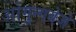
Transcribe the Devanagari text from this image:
ओगुन्गबेजे